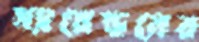
স্যারেন্ডনের